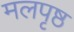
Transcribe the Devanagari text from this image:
मलपृष्ठ